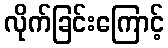
လိုက်ခြင်းကြောင့်